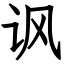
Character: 讽